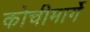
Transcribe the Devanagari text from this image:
कोचीमार्गे